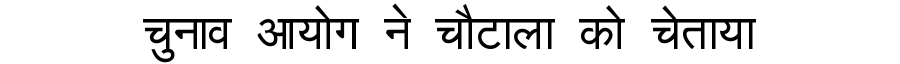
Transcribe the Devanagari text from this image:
चुनाव आयोग ने चौटाला को चेताया